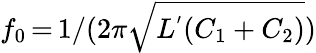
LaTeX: f_{0}\, {=}\, 1/(2\pi\sqrt{L^{'}(C_{1}+C_{2})})